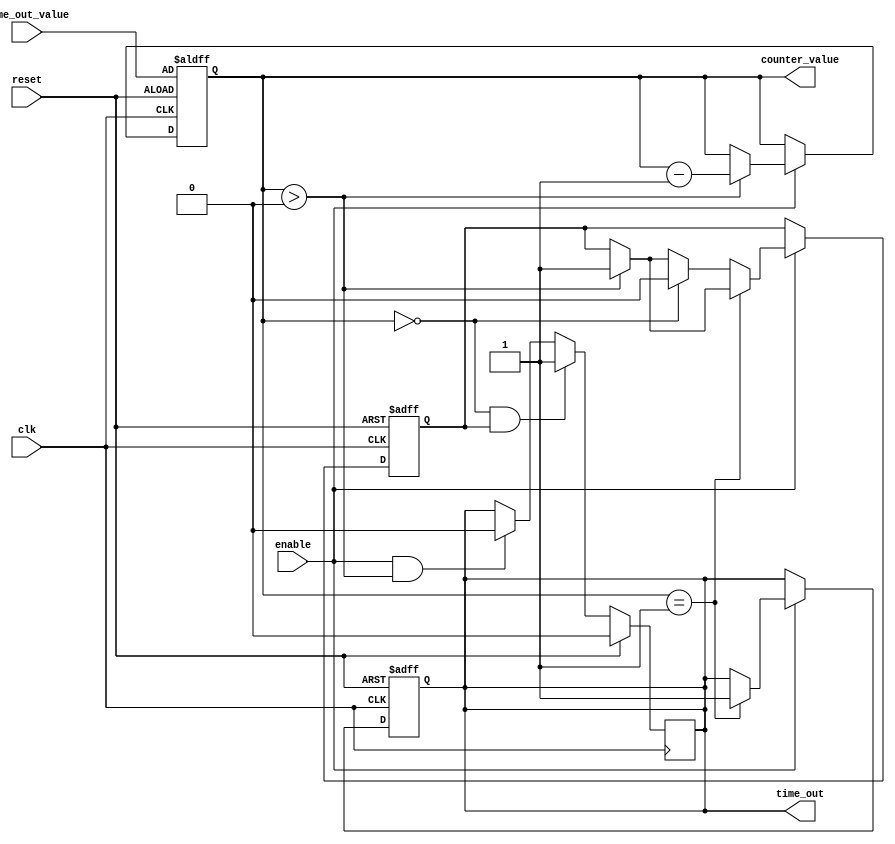
module time_out_counter (
    input wire clk,                     // Clock signal
    input wire reset,                   // Reset signal (active-high)
    input wire enable,                  // Enable signal (active-high)
    input wire [31:0] time_out_value,   // Time-Out Value (32-bit for example)
    output reg time_out,                // Time-Out signal (active-high)
    output reg [31:0] counter_value      // Current Counter Value
);

    // State definition
    reg counting;                       // To determine if counting is active

    // Always block for synchronous operations
    always @(posedge clk or posedge reset) begin
        if (reset) begin
            // On reset, initialize the counter and time_out signal
            counter_value <= time_out_value;
            time_out <= 1'b0;
            counting <= 1'b0; // Counting is not active
        end else if (enable) begin
            if (counter_value > 0) begin
                // Decrement counter if counting is active and value is greater than zero
                counter_value <= counter_value - 1;
                counting <= 1'b1; // Counting is active
            end
            if (counter_value == 1) begin
                // Assert time_out signal when counter reaches zero
                time_out <= 1'b1;
            end else if (counter_value == 0) begin
                // If counter is already zero, maintain time_out and stop counting
                counting <= 1'b0; // Stop counting once we hit zero
            end
        end else begin
            // If not enabled, hold the current value
            counting <= counting; // Maintain counting state
        end
    end

    // Always block for generating time_out signal
    always @(posedge clk) begin
        if (reset) begin
            time_out <= 1'b0; // Reset time_out signal on reset
        end else if (counter_value == 0 && counting) begin
            time_out <= 1'b1; // Assert time_out when count reaches zero
        end else if (enable && counter_value > 0) begin
            time_out <= 1'b0; // Deassert time_out while counting
        end
    end

endmodule